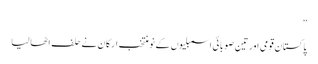
”
پاکستان قومی اور تین صوبائی اسمبلیوں کے نو منتخب ارکان نے حلف اٹھا لیا